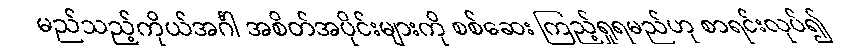
မည်သည့်ကိုယ်အင်္ဂါ အစိတ်အပိုင်းများကို စစ်ဆေး ကြည့်ရှုရမည်ဟု စာရင်းလုပ်၍